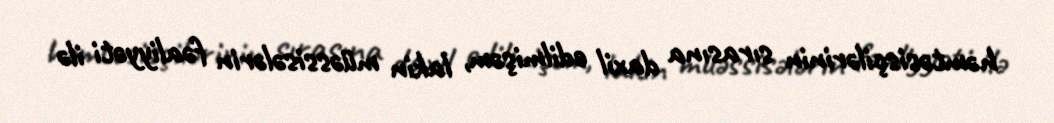
həmtəsisçilərinin sırasına daxil edilmişəm, lakin müəssisələrin fəaliyyəti ilə